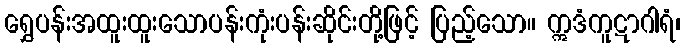
ရွှေပန်းအထူးထူးသောပန်းကုံးပန်းဆိုင်းတို့ဖြင့် ပြည့်သော။ ဣဒံကူဋာဂါရံ၊